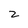
Character: 2